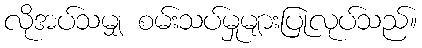
လိုအပ်သမျှ စမ်းသပ်မှုများပြုလုပ်သည်။